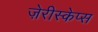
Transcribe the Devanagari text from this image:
ज़ेरीस्‍केप्‍स